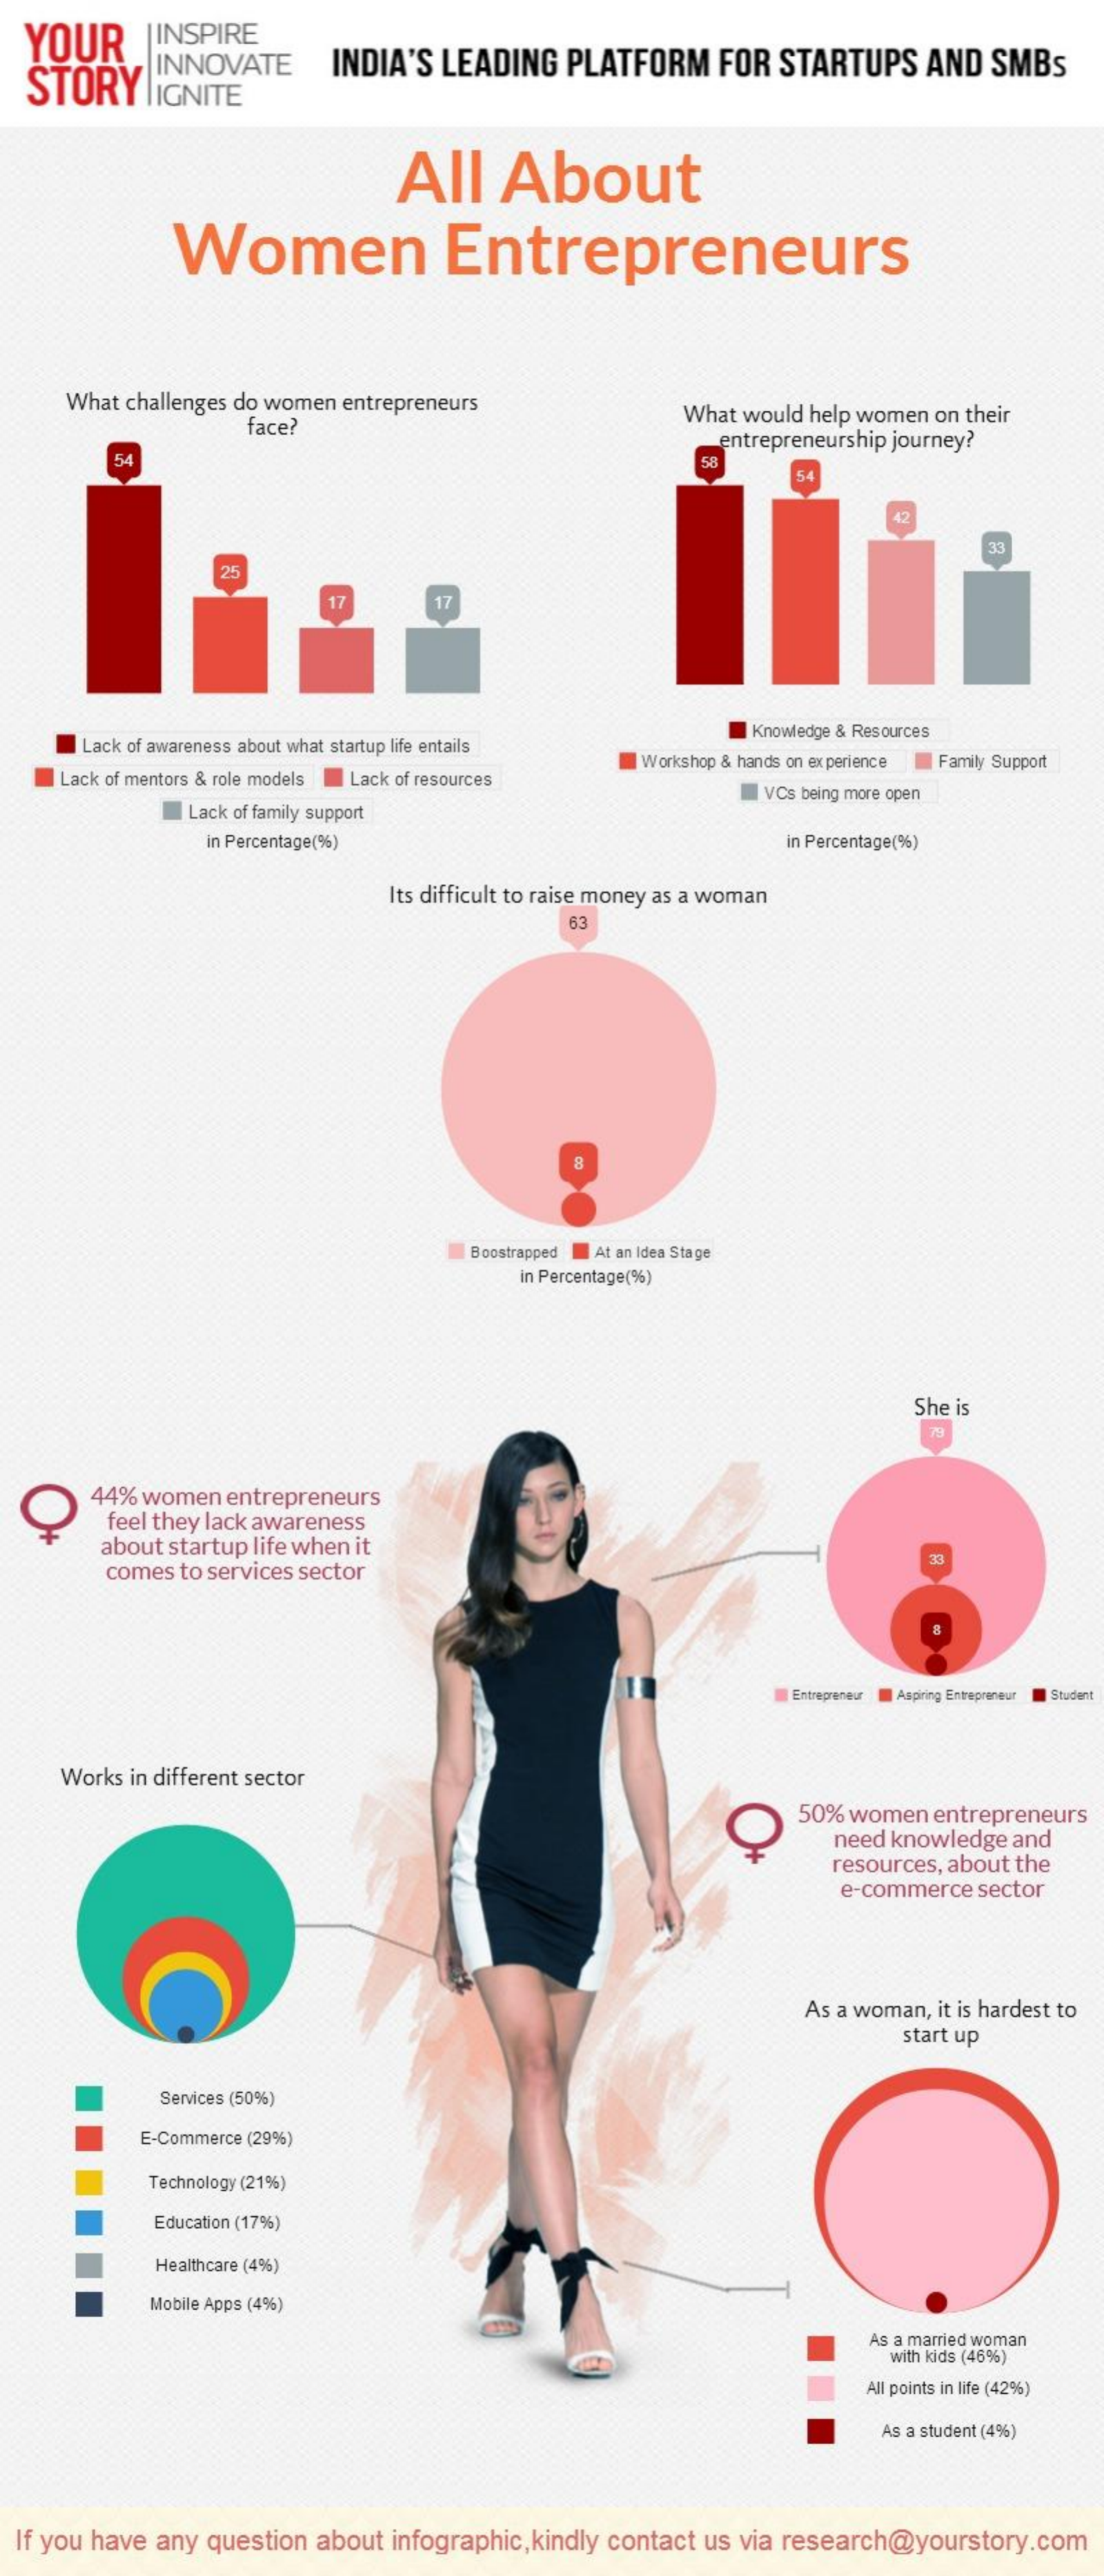
YOUR    |INSPIRE
  STORY    lIGNITE
     INNOVATE    INDIA'S LEADING  PLATFORM   FOR STARTUPS   AND  SMBs
     All    About
     Women    Entrepreneurs
     What challenges do women entrepreneurs
     face?    What would help women on their
     entrepreneurship journey?
     54    58
     54
     42
     33
     25
     17    17
     Lack of awareness about what startup life entails
     Knowledge & Resources
     Lack of mentors & role models I Lack of resources
     Workshop & hands on experience Family Support
     I Lack of family support
     I VCs being more open
     in Percentage(%)    in Percentage(%)
     Its difficult to raise money as a woman
     63
     8
     Boostrapped At an Idea Stage
     in Percentage(%)
     She is
     44% women entrepreneurs
     feel they lack awareness
     about startup life when it
     comes to services sector
     33
     Entrepreneur Aspiring Entrepreneur Student
     Works in different sector
     C
     50% women entrepreneurs
     need knowledge and
     resources, about the
     e-commerce sector
     As a woman, it is hardest to
     start up
     Services (50%)
     E-Commerce (29%)
     Technology (21%)
     Education (17%)
     Healthcare (4%)
     Mobile Apps (4%)
     As a married woman
     with kids (46%)
     All points in life (42%)
     As a student (4%)
  If you have any question about infographic, kindly contact us via research@yourstory.com